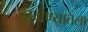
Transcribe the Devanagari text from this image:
जगण्यातला